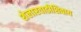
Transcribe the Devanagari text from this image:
शेलारवाडीशिवाय